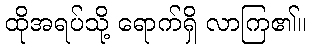
ထိုအရပ်သို့ ရောက်ရှိ လာကြ၏။